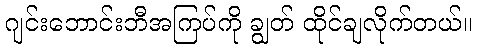
ဂျင်းဘောင်းဘီအကြပ်ကို ချွတ် ထိုင်ချလိုက်တယ်။